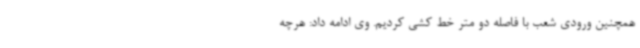
همچنین ورودی شعب با فاصله دو متر خط کشی کردیم. وی ادامه داد: هرچه